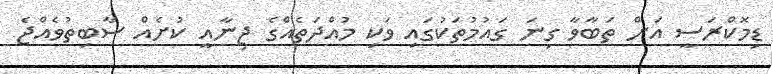
ޑިމޮކްރަސީ އަށް ތަބާވާ ގިނަ ގައުމުތަކުގައި ވަކި މުއްދަތެއްގެ ޖިނާއީ ކުށެއް ސާބިތުވެއްޖެ